Indian journal of veterinary science and animal husbandry - Volume 10,
Year: 1940
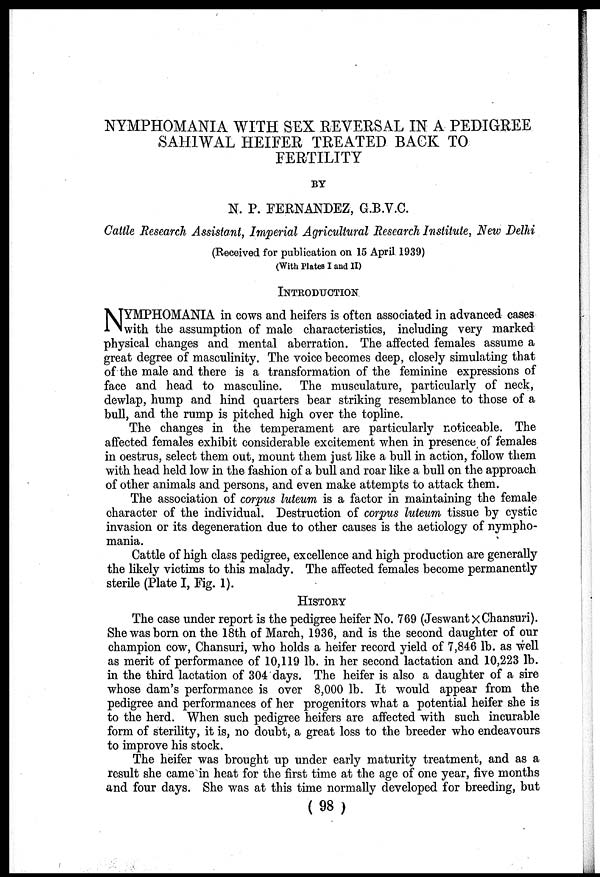
NYMPHOMANIA WITH SEX REVERSAL IN A PEDIGREE
SAHIWAL HEIFER TREATED BACK TO
FERTILITY
BY
N. P. FERNANDEZ, G.B.V.C.
Cattle Research Assistant, Imperial Agricultural Research Institute, New Delhi
(Received for publication on 15 April 1939)
(With Plates I and II)
INTRODUCTION
N YMPHOMANIA in cows and heifers is often associated in advanced cases
with the assumption of male characteristics, including very marked
physical changes and mental aberration. The affected females assume a
great degree of masculinity. The voice becomes deep, closely simulating that
of the male and there is a transformation of the feminine expressions of
face and head to masculine. The musculature, particularly of neck,
dewlap, hump and hind quarters bear striking resemblance to those of a
bull, and the rump is pitched high over the topline.
The changes in the temperament are particularly noticeable. The
affected females exhibit considerable excitement when in presence of females
in oestrus, select them out, mount them just like a bull in action, follow them
with head held low in the fashion of a bull and roar like a bull on the approach
of other animals and persons, and even make attempts to attack them.
The association of corpus luteum is a factor in maintaining the female
character of the individual. Destruction of corpus luteum tissue by cystic
invasion or its degeneration due to other causes is the aetiology of nympho-
mania.
Cattle of high class pedigree, excellence and high production are generally
the likely victims to this malady. The affected females become permanently
sterile (Plate I, Fig. 1).
HISTORY
The case under report is the pedigree heifer No. 769 (Jeswant ×Chansuri).
She was born on the 18th of March, 1936, and is the second daughter of our
champion cow, Chansuri, who holds a heifer record yield of 7,846 lb. as well
as merit of performance of 10,119 lb. in her second lactation and 10,223 lb.
in the third lactation of 304 days. The heifer is also a daughter of a sire
whose dam's performance is over 8,000 lb. It would appear from the
pedigree and performances of her progenitors what a potential heifer she is
to the herd. When such pedigree heifers are affected with such incurable
form of sterility, it is, no doubt, a great loss to the breeder who endeavours
to improve his stock.
The heifer was brought up under early maturity treatment, and as a
result she came in heat for the first time at the age of one year, five months
and four days. She was at this time normally developed for breeding, but
(98)